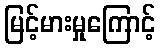
မြင့်မားမှုကြောင့်